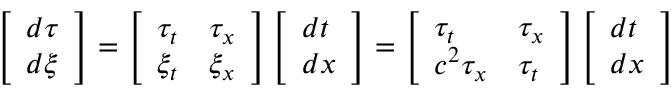
\left[ \begin{array} { l } { d \tau } \\ { d \xi } \end{array} \right] = \left[ \begin{array} { l l } { \tau _ { t } } & { \tau _ { x } } \\ { \xi _ { t } } & { \xi _ { x } } \end{array} \right] \left[ \begin{array} { l } { d t } \\ { d x } \end{array} \right] = \left[ \begin{array} { l l } { \tau _ { t } } & { \tau _ { x } } \\ { c ^ { 2 } \tau _ { x } } & { \tau _ { t } } \end{array} \right] \left[ \begin{array} { l } { d t } \\ { d x } \end{array} \right]